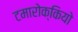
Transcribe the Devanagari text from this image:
टमारोक्कियो